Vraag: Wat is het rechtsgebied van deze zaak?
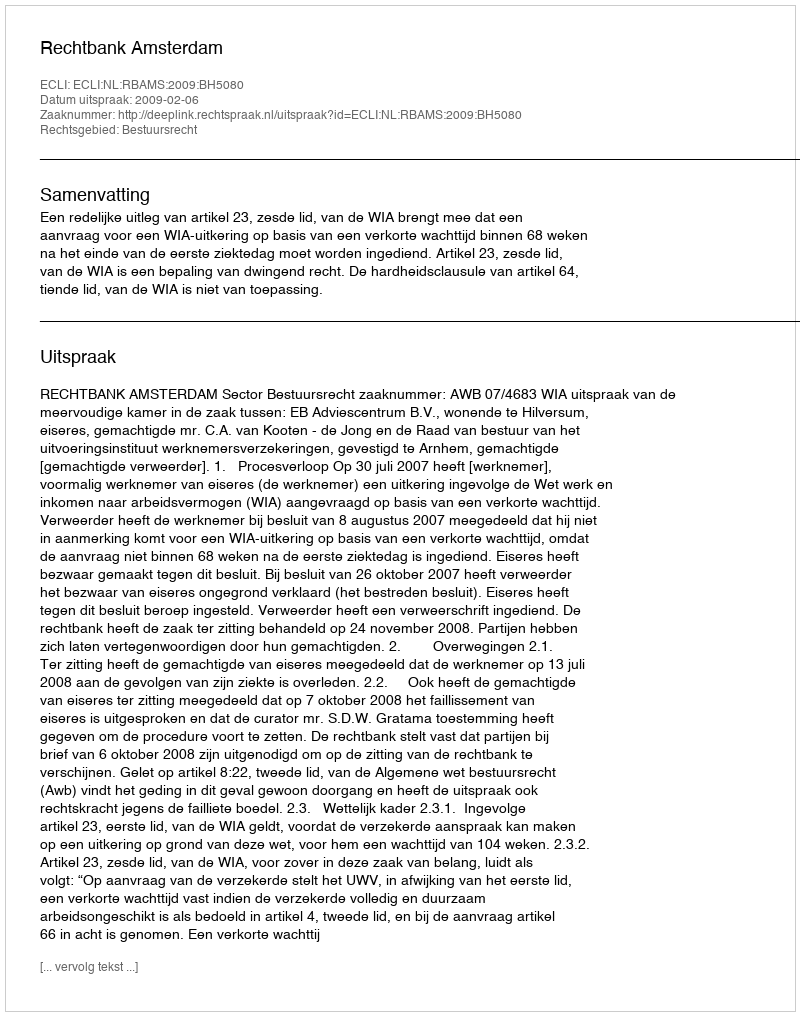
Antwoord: Bestuursrecht